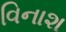
વિનાશ